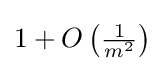
1+O\left({\tfrac {1}{m^{2}}}\right)